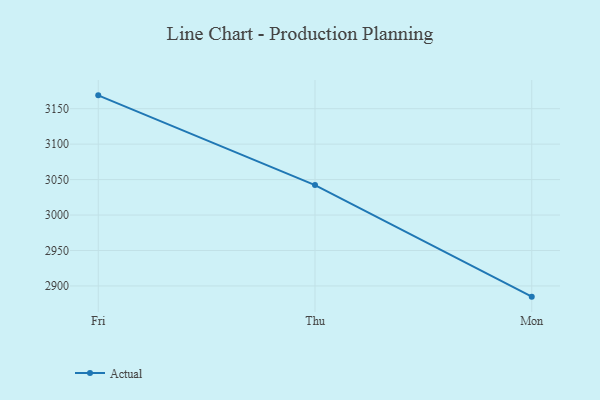
{"axis": {"x": "Day", "y": "Temperature (°C)"}, "legend": ["Actual"], "data": [{"x": "Fri", "y": 3168.8, "type": "Actual"}, {"x": "Thu", "y": 3042.2, "type": "Actual"}, {"x": "Mon", "y": 2884.9, "type": "Actual"}]}